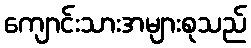
ကျောင်းသားအများစုသည်